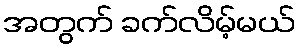
အတွက် ခက်လိမ့်မယ်